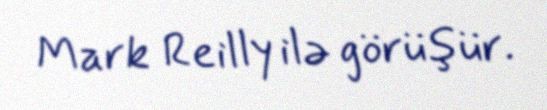
Mark Reilly ilə görüşür.